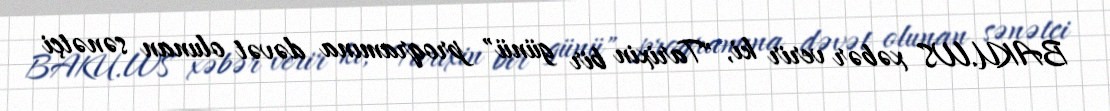
BAKU.WS xəbər verir ki, "Tarixin bir günü" proqramına dəvət olunan sənətçi